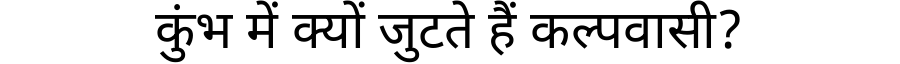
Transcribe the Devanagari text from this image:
कुंभ में क्यों जुटते हैं कल्पवासी?